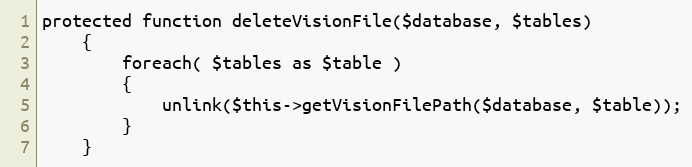
Language: PHP
protected function deleteVisionFile($database, $tables)
    {
        foreach( $tables as $table )
        {
            unlink($this->getVisionFilePath($database, $table));
        }
    }